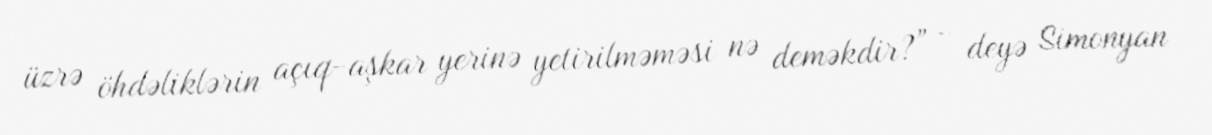
üzrə öhdəliklərin açıq-aşkar yerinə yetirilməməsi nə deməkdir?” - deyə Simonyan